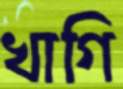
খাগি